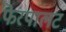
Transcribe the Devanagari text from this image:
फेरपालट